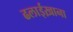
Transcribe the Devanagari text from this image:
ढलाईख़ाना